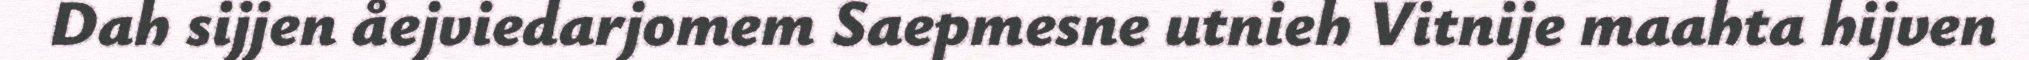
Dah sijjen åejviedarjomem Saepmesne utnieh Vitnije maahta hijven